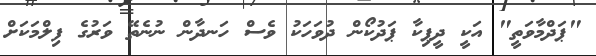
"ޕަދްމާވަތީ" އަކީ ދީޕިކާ ޕަދުކޯން ދުވަހަކު ވެސް ހަނދާން ނުނެތޭ ވަރުގެ ފިލްމަކަށް